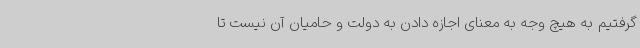
گرفتیم به هیچ وجه به معنای اجازه دادن به دولت و حامیان آن نیست تا